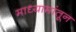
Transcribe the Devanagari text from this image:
माध्यामांतून